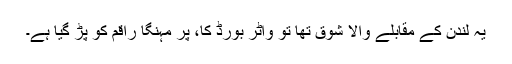
یہ لندن کے مقابلے والا شوق تھا تو واٹر بورڈ کا، پر مہنگا راقم کو پڑ گیا ہے۔